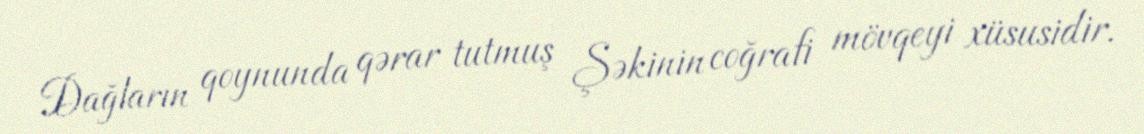
Dağların qoynunda qərar tutmuş Şəkinin coğrafi mövqeyi xüsusidir.